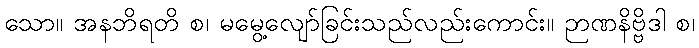
သော။ အနဘိရတိ စ၊ မမွေ့လျော်ခြင်းသည်လည်းကောင်း။ ဉာဏနိဗ္ဗိဒါ စ၊